Indian journal of veterinary science and animal husbandry - Volume 5,
Year: 1935
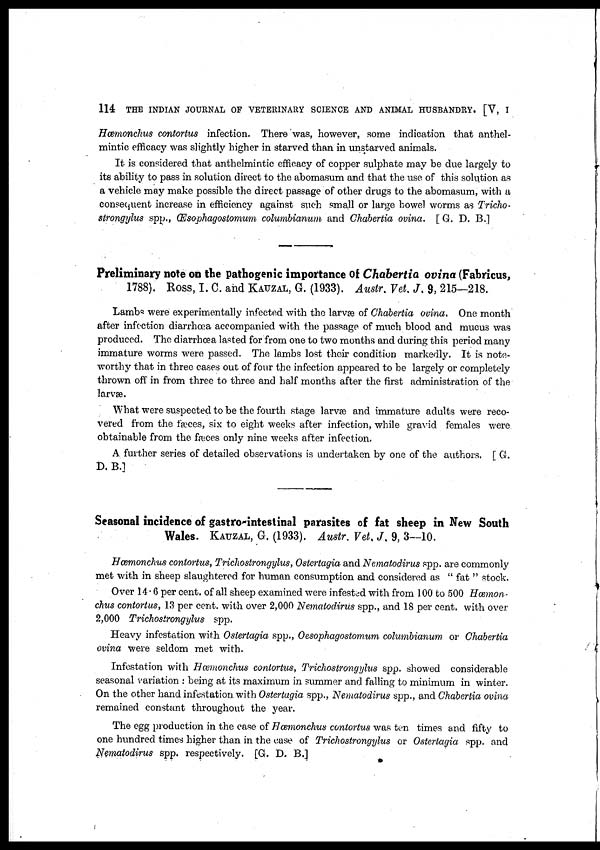
114 THE INDIAN JOURNAL OF VETERINARY SCIENCE AND ANIMAL HUSBANDRY. [V, I
Hæmonchus contortus infection. There was, however, some indication that anthel-
mintic efficacy was slightly higher in starved than in unstarved animals.
It is considered that anthelmintic efficacy of copper sulphate may be due largely to
its ability to pass in solution direct to the abomasum and that the use of this solution as
a vehicle may make possible the direct passage of other drugs to the abomasum, with a
consequent increase in efficiency against such small or large bowel worms as Tricho-
strongylus spp., Œsophagostomum columbianum and Chabertia ovina. [ G. D. B.]
Preliminary note on the pathogenic importance of Chabertia ovina (Fabricus,
1788). Ross, I. C. and KAUZAL, G. (1933). Austr. Vet. J. 9, 215—218.
Lambs were experimentally infected with the larvæ of Chabertia ovina. One month
after infection diarrhœa accompanied with the passage of much blood and mucus was
produced. The diarrhœa lasted for from one to two months and during this period many
immature worms were passed. The lambs lost their condition markedly. It is note-
worthy that in three cases out of four the infection appeared to be largely or completely
thrown off in from three to three and half months after the first administration of the
larvæ.
What were suspected to be the fourth stage larvæ and immature adults were reco-
vered from the fæces, six to eight weeks after infection, while gravid females were
obtainable from the fæces only nine weeks after infection.
A. further series of detailed observations is undertaken by one of the authors. [ G.
D. B.]
Seasonal incidence of gastro-intestinal parasites of fat sheep in New South
Wales. KAUZAL, G. (1933). Austr. Vet. J. 9, 3—10.
Hæmonchus contortus, Trichostrongylus, Ostertagia and Nematodirus spp. are commonly
met with in sheep slaughtered for human consumption and considered as " fat " stock.
Over 14.6 per cent. of all sheep examined were infested with from 100 to 500 Hæmon-
chus contortus, 13 per cent. with over 2,000 Nematodirus spp., and 18 per cent. with over
2,000 Trichostrongylus spp.
Heavy infestation with Ostertagia spp., Oesophagostomum columbianum or Chabertia
ovina were seldom met with.
Infestation with Hæmonchus contortus, Trichostrongylus spp. showed considerable
seasonal variation : being at its maximum in summer and falling to minimum in winter.
On the other hand infestation with Ostertagia spp., Nematodirus spp., and Chabertia ovina
remained constant throughout the year.
The egg production in the case of Hæmonchus contortus was ten times and fifty to
one hundred times higher than in the case of Trichostrongylus or Ostertagia spp. and
Nematodirus spp. respectively. [G. D. B.]